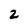
Character: 2